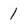
Character: 1